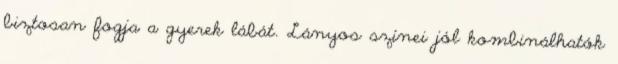
biztosan fogja a gyerek lábát. Lányos színei jól kombinálhatók